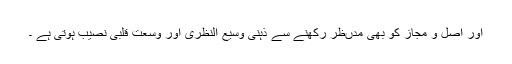
اور اصل و مجاز کو بھی مدںظر رکھنے سے ذہنی وسیع النظری اور وسعت قلبی نصیب ہوتی ہے ۔